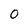
Character: 0